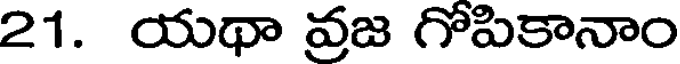
21. యథా వ్రజ గోపికానాం